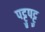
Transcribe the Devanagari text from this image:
पट्टुपट्टु